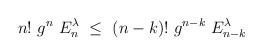
LaTeX: \begin{align*}n!~g^n~E_n^{\lambda}~\le~(n-k)!~g^{n-k}~E_{n-k}^{\lambda}~ \end{align*}